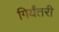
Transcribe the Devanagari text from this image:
गिर्यंतरी